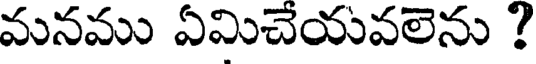
మనము ఏమిచేయవలెను ?